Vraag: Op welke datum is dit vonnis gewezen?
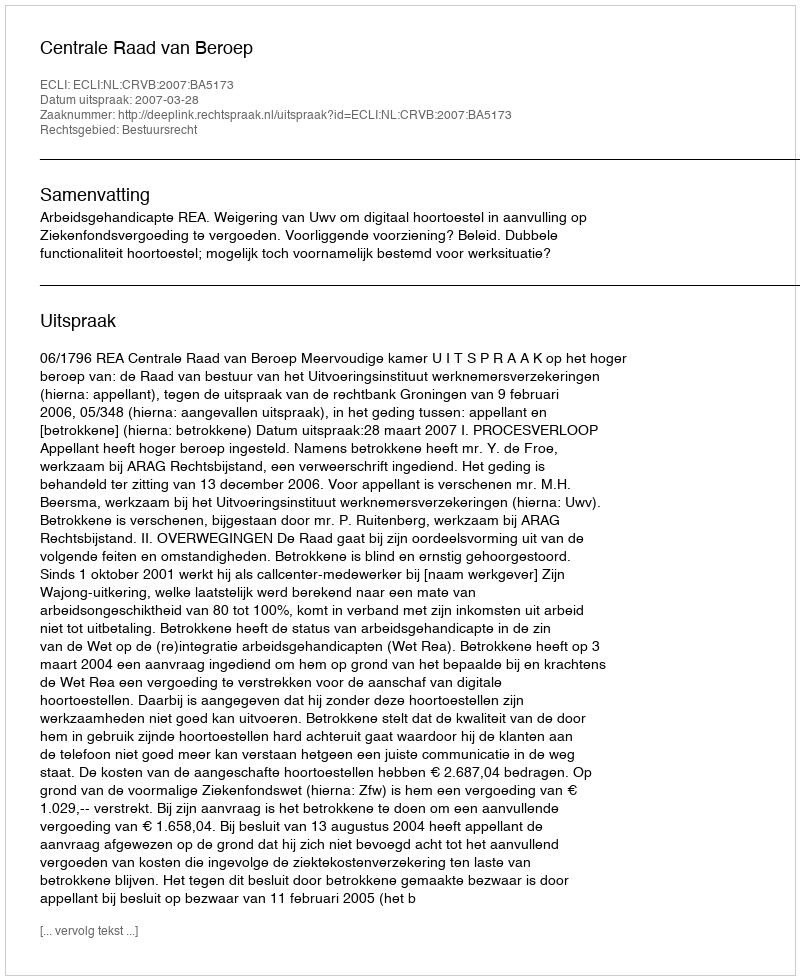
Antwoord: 2007-03-28